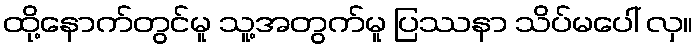
ထို့နောက်တွင်မူ သူ့အတွက်မူ ပြဿနာ သိပ်မပေါ် လှ။